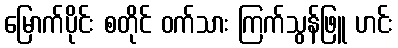
မြောက်ပိုင်း စတိုင် ဝက်သား ကြက်သွန်ဖြူ ဟင်း